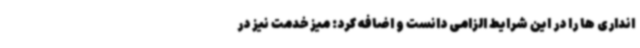
انداری ها را در این شرایط الزامی دانست و اضافه کرد: میز خدمت نیز در